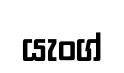
යැංග්